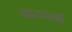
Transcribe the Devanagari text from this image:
चारपायों